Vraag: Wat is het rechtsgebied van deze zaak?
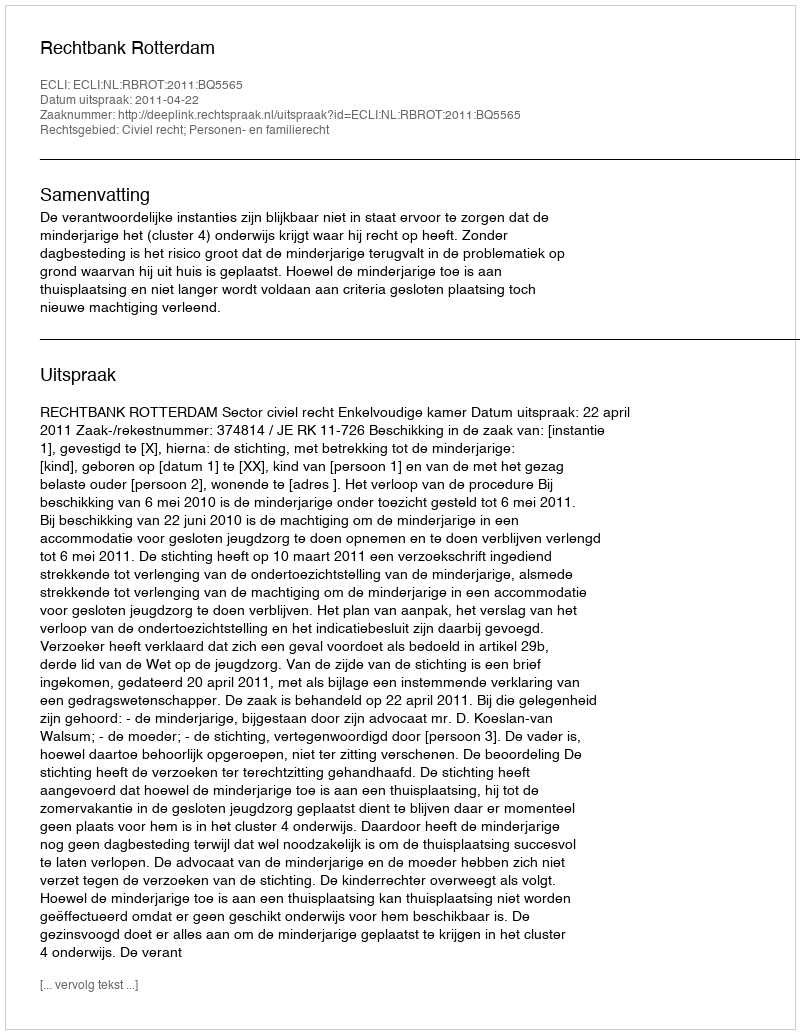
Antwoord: Civiel recht; Personen- en familierecht